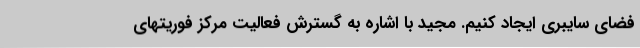
فضای سایبری ایجاد کنیم. مجید با اشاره به گسترش فعالیت مرکز فوریتهای